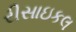
રીસાઇકલ